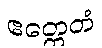
ဧတ္ထေတံ